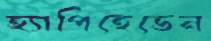
হ্যাপিহেভেন